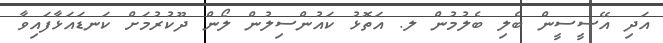
އަދި އޭސީސީން ބެލި ބެލުމުން ލ. އަތޮޅު ކައުންސިލުން ލޯން ދޫކުރުމަށް ކަނޑައަޅާފައިވާ